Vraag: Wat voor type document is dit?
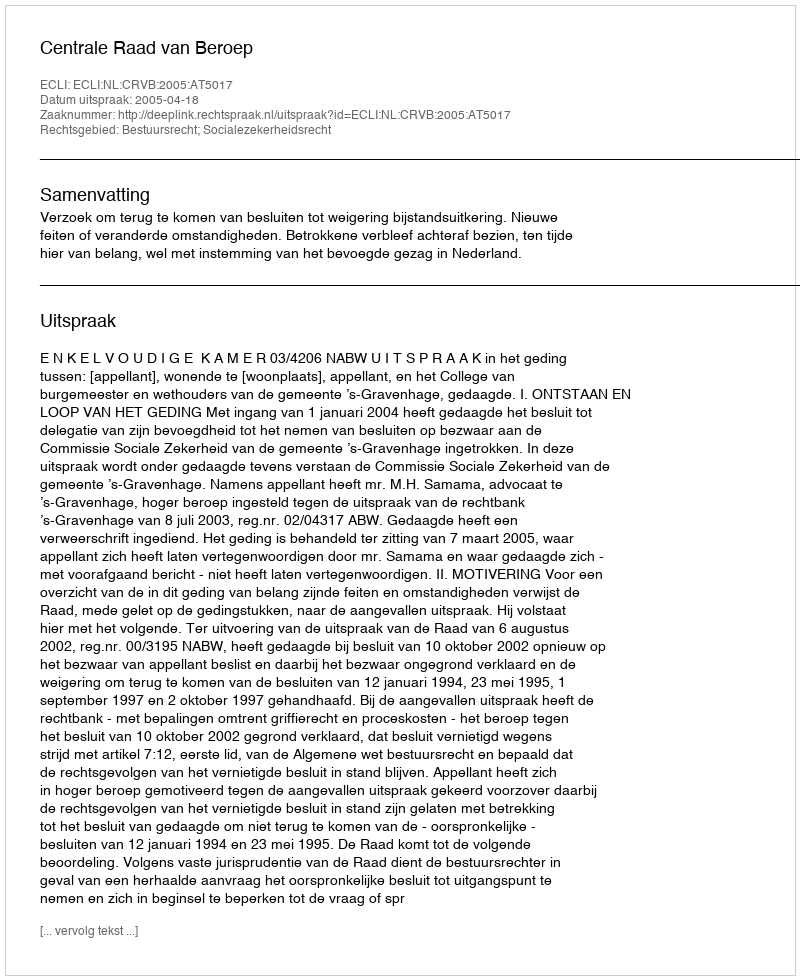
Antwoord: Uitspraak